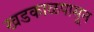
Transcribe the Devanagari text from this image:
खडकाळपासून